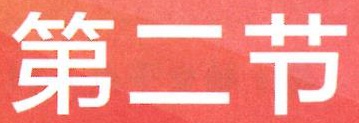
第二节